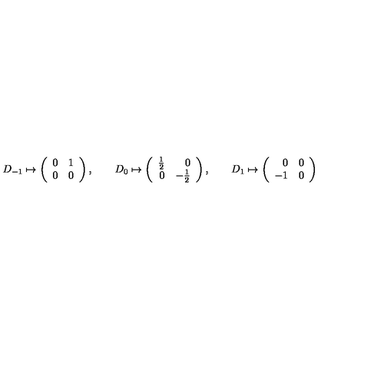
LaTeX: D _ { - 1 } \mapsto \left( \begin{array} { r r } { 0 } & { 1 } \\ { 0 } & { 0 } \\ \end{array} \right) , \qquad D _ { 0 } \mapsto \left( \begin{array} { r r } { { \textstyle \frac 1 2 } } & { 0 } \\ { 0 } & { - { \textstyle \frac 1 2 } } \\ \end{array} \right) , \qquad D _ { 1 } \mapsto \left( \begin{array} { r r } { 0 } & { 0 } \\ { - 1 } & { 0 } \\ \end{array} \right)